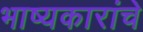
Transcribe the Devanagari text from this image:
भाष्यकारांचे